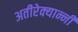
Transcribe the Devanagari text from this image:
अतीरेक्यान्नी